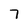
Character: 7